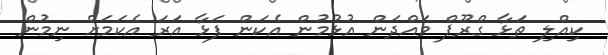
ކިއްލި ތަޅާ ގްރޫޕް ވައްދަން އުޅުމުން އެކަން ފަޅާ އަރަ އެކަމަށް ނިމުން